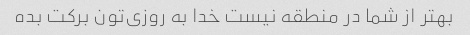
بهتر از شما در منطقه نیست خدا به روزی‌تون برکت بده